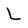
Character: L